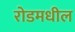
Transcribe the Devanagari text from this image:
रोडमधील